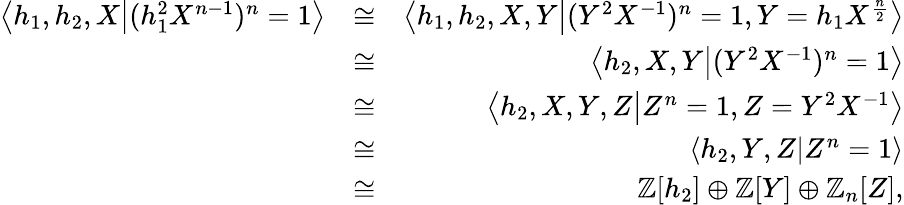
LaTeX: \begin{array}{rlr}{\left<h_{1},h_{2},X\middle|(h_{1}^{2}X^{n-1})^{n}=1\right>}&{\cong}&{\left<h_{1},h_{2},X,Y\middle|(Y^{2}X^{-1})^{n}=1,Y=h_{1}X^{\frac{n}{2}}\right>}\\ &{\cong}&{\left<h_{2},X,Y\middle|(Y^{2}X^{-1})^{n}=1\right>}\\ &{\cong}&{\left<h_{2},X,Y,Z\middle|Z^{n}=1,Z=Y^{2}X^{-1}\right>}\\ &{\cong}&{\left<h_{2},Y,Z\middle|Z^{n}=1\right>}\\ &{\cong}&{\mathbb{Z}[h_{2}]\oplus\mathbb{Z}[Y]\oplus\mathbb{Z}_{n}[Z],}\end{array}